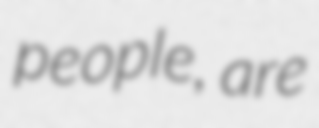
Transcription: people, are